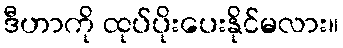
ဒီဟာကို ထုပ်ပိုးပေးနိုင်မလား။